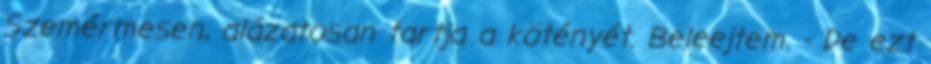
Szemérmesen, alázatosan tartja a kötényét. Beleejtem. - De ezt